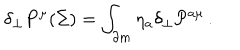
\delta _ { \perp } P ^ { \mu } ( \Sigma ) = \int _ { \partial m } \eta _ { a } \delta _ { \perp } { \cal P } ^ { a \mu } \, .